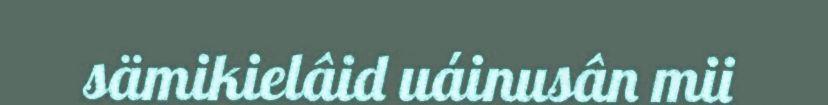
sämikielâid uáinusân mii